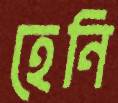
হেনি